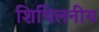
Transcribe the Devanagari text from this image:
शिथिलनीय